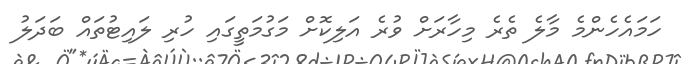
ހަމައެހެންމެ މާލެ ތެރެ މިހާރަށް ވުރެ އަލިކޮށް މަގުމަތީގައި ހުރި ލައިޓުތައް ބަދަލު